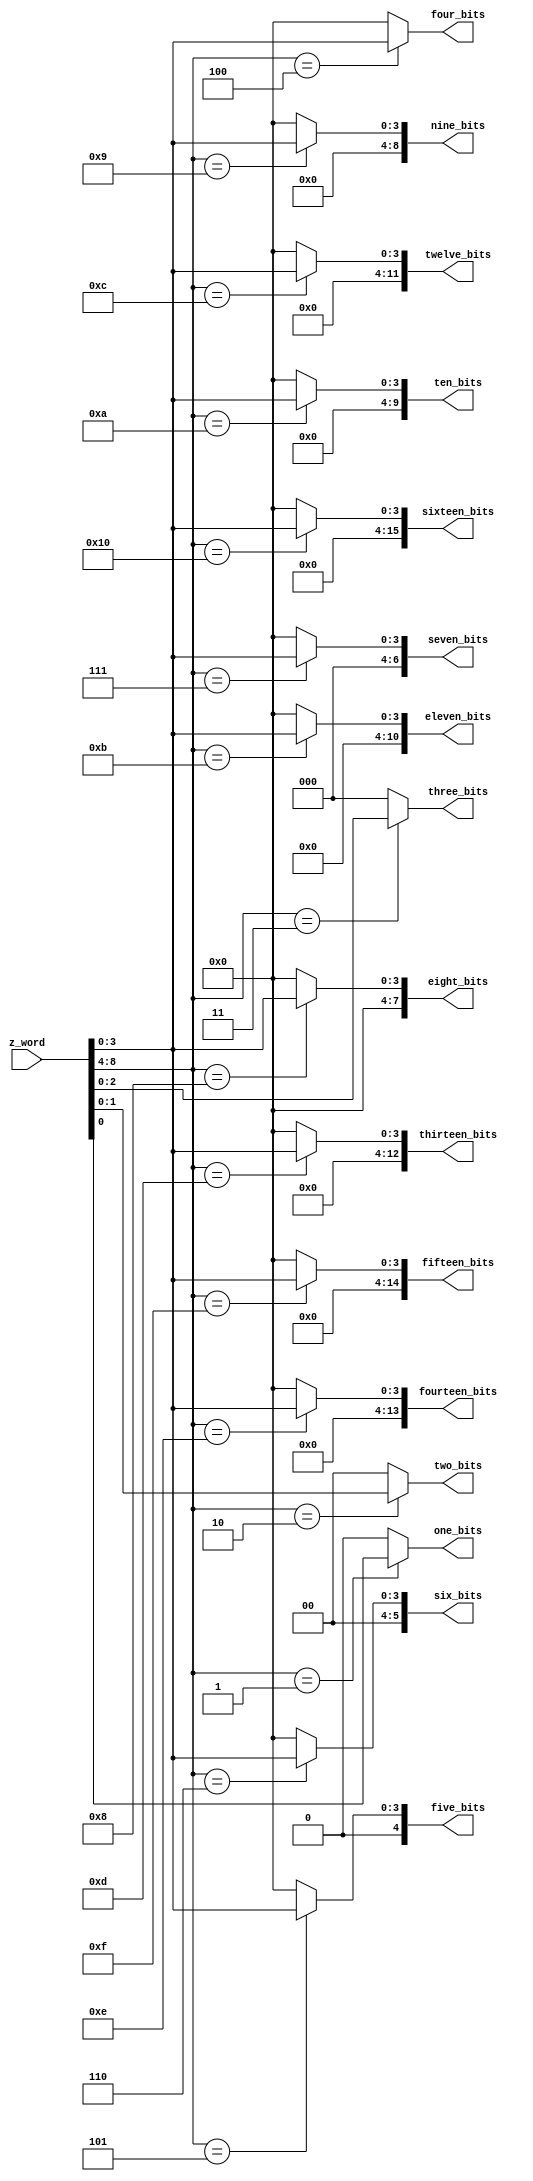
`timescale 1ns / 1ps
//////////////////////////////////////////////////////////////////////////////////
// Company: 
// Engineer: 
// 
// Design Name: 
// Module Name: Z_word_decoder
// Project Name: 
// Target Devices: 
// Tool Versions: 
// Description: 
// 
// Dependencies: 
// 
// Revision:
// Revision 0.01 - File Created
// Additional Comments:
// 
//////////////////////////////////////////////////////////////////////////////////


module Z_word_decoder #(parameter WIDTH= 9)(

input   wire    [WIDTH -1:0]    z_word,

output   reg                    one_bits,
output   reg     [1:0]          two_bits,
output   reg     [2:0]          three_bits,
output   reg     [3:0]          four_bits,
output   reg     [4:0]          five_bits,
output   reg     [5:0]          six_bits,
output   reg     [6:0]          seven_bits,
output   reg     [7:0]          eight_bits,
output   reg     [8:0]          nine_bits,
output   reg     [9:0]          ten_bits,
output   reg     [10:0]         eleven_bits,
output   reg     [11:0]         twelve_bits,
output   reg     [12:0]         thirteen_bits,
output   reg     [13:0]         fourteen_bits,
output   reg     [14:0]         fifteen_bits,
output   reg     [15:0]         sixteen_bits
    );
    
    always@*
        begin
               one_bits      = 'b0 ;
               two_bits      = 'b0 ;  
               three_bits    = 'b0 ;
               four_bits     = 'b0 ;
               five_bits     = 'b0 ;
               six_bits      = 'b0 ;
               seven_bits    = 'b0 ;
               eight_bits    = 'b0 ;
                nine_bits    = 'b0 ;
               ten_bits      = 'b0 ;
               eleven_bits   = 'b0 ;
               twelve_bits   = 'b0 ;
               thirteen_bits = 'b0 ;
               fourteen_bits = 'b0 ;
               fifteen_bits  = 'b0 ;
               sixteen_bits   = 'b0 ;
            case (z_word[WIDTH -1:WIDTH -5])
              'd1: one_bits =           z_word[0:0];               
              'd2: two_bits =           z_word[1:0];
              'd3: three_bits =         z_word[2:0];
              'd4: four_bits =          z_word[3:0];
              'd5: five_bits =          z_word[3:0];
              'd6: six_bits =           z_word[3:0];
              'd7: seven_bits =         z_word[3:0];
              'd8: eight_bits =         z_word[3:0];
              'd9: nine_bits =          z_word[3:0];
              'd10: ten_bits =          z_word[3:0];
              'd11: eleven_bits =       z_word[3:0];
              'd12: twelve_bits =       z_word[3:0];
              'd13: thirteen_bits  =    z_word[3:0];
              'd14: fourteen_bits =     z_word[3:0];
              'd15: fifteen_bits =      z_word[3:0];
              'd16: sixteen_bits =      z_word[3:0];
              
              
/* This is not the best for the resources see the above
              'd5: five_bits =          {1'b0,z_word[3:0]};
              'd6: six_bits =           {2'b0,z_word[3:0]};
              'd7: seven_bits =         {3'b0,z_word[3:0]};
              'd8: eight_bits =         {4'b0,z_word[3:0]};
              'd9: nine_bits =          {5'b0,z_word[3:0]};
              'd10: ten_bits =          {6'b0,z_word[3:0]};
              'd11: eleven_bits =       {7'b0,z_word[3:0]};
              'd12: twelve_bits =       {8'b0,z_word[3:0]};
              'd13: thirteen_bits  =    {9'b0,z_word[3:0]};
              'd14: fourteen_bits =     {10'b0,z_word[3:0]};
              'd15: fifteen_bits =      {11'b0,z_word[3:0]};
              'd16: sixteen_bits =      {12'b0,z_word[3:0]};

*/              
              
              default:        begin  
               one_bits      = 'b0 ;
               two_bits      = 'b0 ;  
               three_bits    = 'b0 ;
               four_bits     = 'b0 ;
               five_bits     = 'b0 ;
               six_bits      = 'b0 ;
               seven_bits    = 'b0 ;
               eight_bits    = 'b0 ;
                nine_bits    = 'b0 ;
               ten_bits      = 'b0 ;
               eleven_bits   = 'b0 ;
               twelve_bits   = 'b0 ;
               thirteen_bits = 'b0 ;
               fourteen_bits = 'b0 ;
               fifteen_bits  = 'b0 ;
               sixteen_bits   = 'b0 ;
               end
              
            endcase
        
        end
    
    
    
    
    
    
    
endmodule